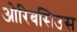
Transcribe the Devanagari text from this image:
ओरिबसिउस